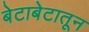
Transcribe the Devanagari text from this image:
बेटाबेटातून